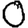
Digit: 0